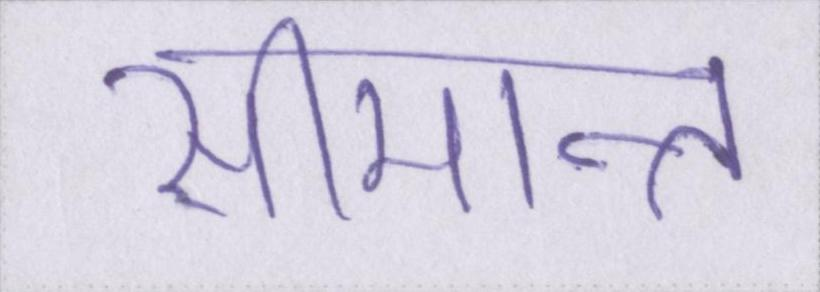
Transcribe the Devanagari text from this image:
सीमान्त